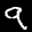
Label: 9